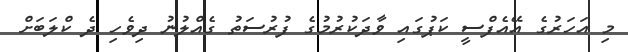
މި އަހަރުގެ އޭއެފްސީ ކަޕުގައި ވާދަކުރުމުގެ ފުރުސަތު ގެއްލުނު ދިވެހި ދެ ކްލަބަށް